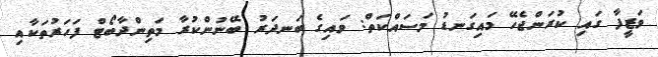
ވަޒީފާ ގައި ކުރަންޖެހޭ މައިގަނޑު މަސައްކަތް: ވައިގެ ބަނދަރު ބޭނުންކުރާ މަތިންދާބޯޓް ފަހަރުތަކާއި